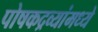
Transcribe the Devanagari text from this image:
पोषकद्रव्यांमध्ये